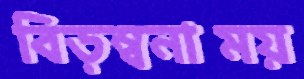
বিড়ম্বনাময়